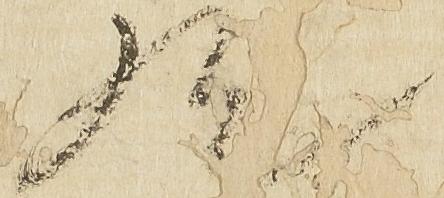
歟